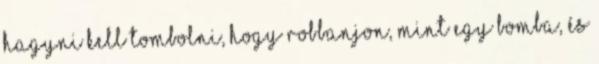
Hagyni kell tombolni, hogy robbanjon, mint egy bomba, és